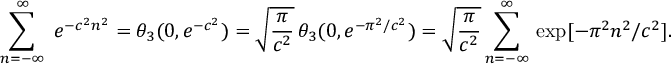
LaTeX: \sum _ { n = - \infty } ^ { \infty } \; e ^ { - c ^ { 2 } n ^ { 2 } } = \theta _ { 3 } ( 0 , e ^ { - c ^ { 2 } } ) = \sqrt { \frac { \pi } { c ^ { 2 } } } \, \theta _ { 3 } ( 0 , e ^ { - \pi ^ { 2 } / c ^ { 2 } } ) = \sqrt { \frac { \pi } { c ^ { 2 } } } \sum _ { n = - \infty } ^ { \infty } \, \exp [ - \pi ^ { 2 } n ^ { 2 } / c ^ { 2 } ] .